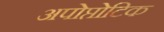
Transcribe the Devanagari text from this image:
अपोप्तोटिक